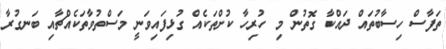
ތަފާސް ހިސާބުތައް ދައްކާ ގޮތުން މި ހުރިހާ ކުށްތަކެއް ގުޅިފައިވަނީ މަސްތުވާތަކެއްޗާއި ބަނގުރާ